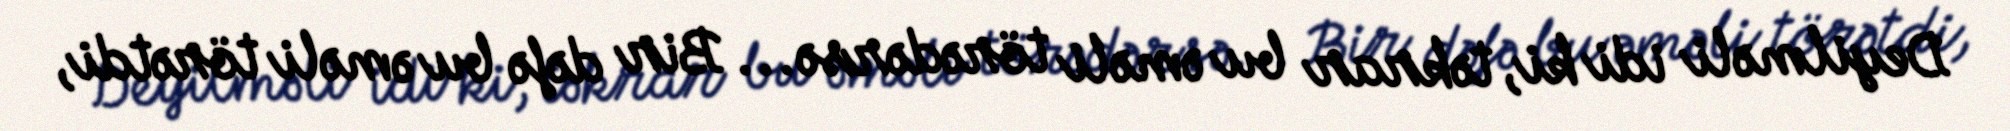
Deyilməli idi ki, təkrar bu əməli törədərsə... Bir dəfə bu əməli törətdi,